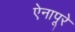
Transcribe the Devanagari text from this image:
ऐनापूरे